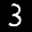
Label: 3